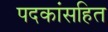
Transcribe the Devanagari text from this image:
पदकांसहित